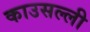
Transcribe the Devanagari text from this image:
काउसल्ली